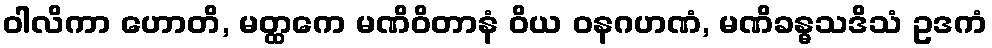
ဝါလိကာ ဟောတိ, မတ္ထကေ မဏိဝိတာနံ ဝိယ ဝနဂဟဏံ, မဏိခန္ဓသဒိသံ ဥဒကံ